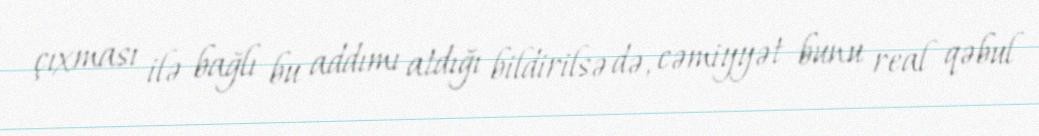
çıxması ilə bağlı bu addımı atdığı bildirilsə də, cəmiyyət bunu real qəbul